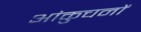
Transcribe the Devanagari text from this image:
आंकुचनों